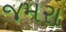
જમરા